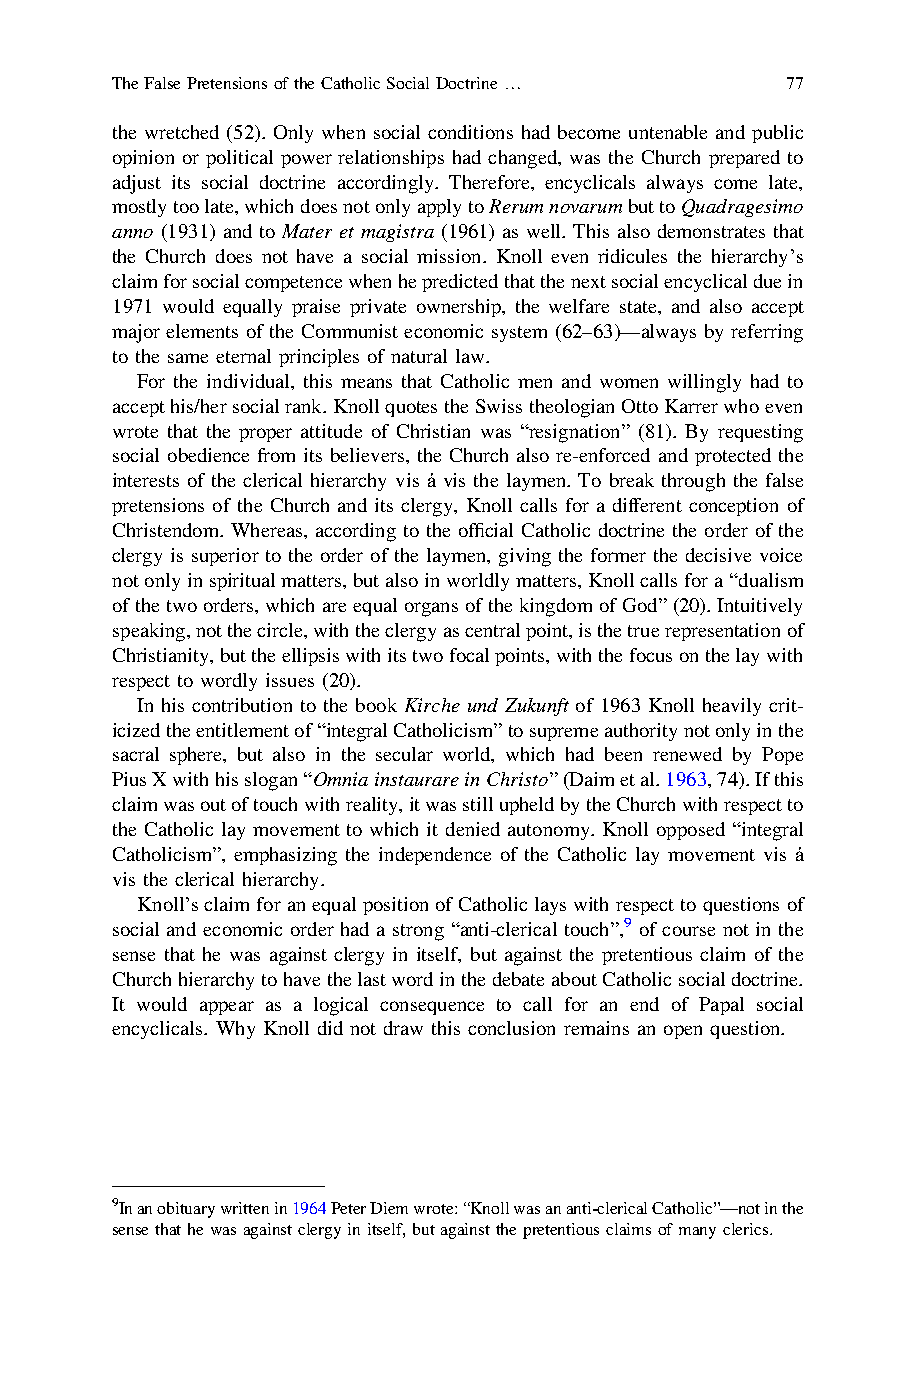
TheFalsePretensionsoftheCatholicSocialDoctrine… 77
 the wretched (52). Only when social conditions had become untenable and public
 opinion or political power relationships had changed, was the Church prepared to
 adjust its social doctrine accordingly. Therefore, encyclicals always come late,
 mostlytoolate,whichdoesnotonlyapplytoRerumnovarumbuttoQuadragesimo
 anno (1931) and to Mater et magistra (1961) as well. This also demonstrates that
 the Church does not have a social mission. Knoll even ridicules the hierarchy’s
 claimforsocialcompetencewhenhepredictedthatthenextsocialencyclicalduein
 1971 would equally praise private ownership, the welfare state, and also accept
 major elements of the Communist economic system (62–63)—always by referring
 to the same eternal principles of natural law.
 For the individual, this means that Catholic men and women willingly had to
 accepthis/hersocialrank.KnollquotestheSwisstheologianOttoKarrerwhoeven
 wrote that the proper attitude of Christian was “resignation” (81). By requesting
 social obedience from its believers, the Church also re-enforced and protected the
 interests of the clerical hierarchy vis á vis the laymen. To break through the false
 pretensions of the Church and its clergy, Knoll calls for a different conception of
 Christendom. Whereas, according to the official Catholic doctrine the order of the
 clergy is superior to the order of the laymen, giving the former the decisive voice
 notonlyinspiritualmatters,butalsoinworldlymatters,Knollcallsfora“dualism
 ofthetwoorders,whichareequalorgansofthekingdomofGod”(20).Intuitively
 speaking,notthecircle,withtheclergyascentralpoint,isthetruerepresentationof
 Christianity,buttheellipsiswithitstwofocalpoints,withthefocusonthelaywith
 respect to wordly issues (20).
 In his contribution to the book Kirche und Zukunft of 1963 Knoll heavily crit-
 icizedtheentitlementof“integralCatholicism”tosupremeauthoritynotonlyinthe
 sacral sphere, but also in the secular world, which had been renewed by Pope
 PiusXwithhisslogan“OmniainstaurareinChristo”(Daimetal.1963,74).Ifthis
 claimwasoutoftouchwithreality,itwasstillupheldbytheChurchwithrespectto
 the Catholic lay movement to which it denied autonomy. Knoll opposed “integral
 Catholicism”, emphasizing the independence of the Catholic lay movement vis á
 vis the clerical hierarchy.
 Knoll’sclaimforanequalpositionofCatholiclayswithrespecttoquestionsof
 social and economic order had a strong “anti-clerical touch”,9 of course not in the
 sense that he was against clergy in itself, but against the pretentious claim of the
 ChurchhierarchytohavethelastwordinthedebateaboutCatholicsocialdoctrine.
 It would appear as a logical consequence to call for an end of Papal social
 encyclicals. Why Knoll did not draw this conclusion remains an open question.
 9Inanobituarywrittenin1964PeterDiemwrote:“Knollwasananti-clericalCatholic”—notinthe
 sensethathewasagainstclergyinitself,butagainstthepretentiousclaimsofmanyclerics.